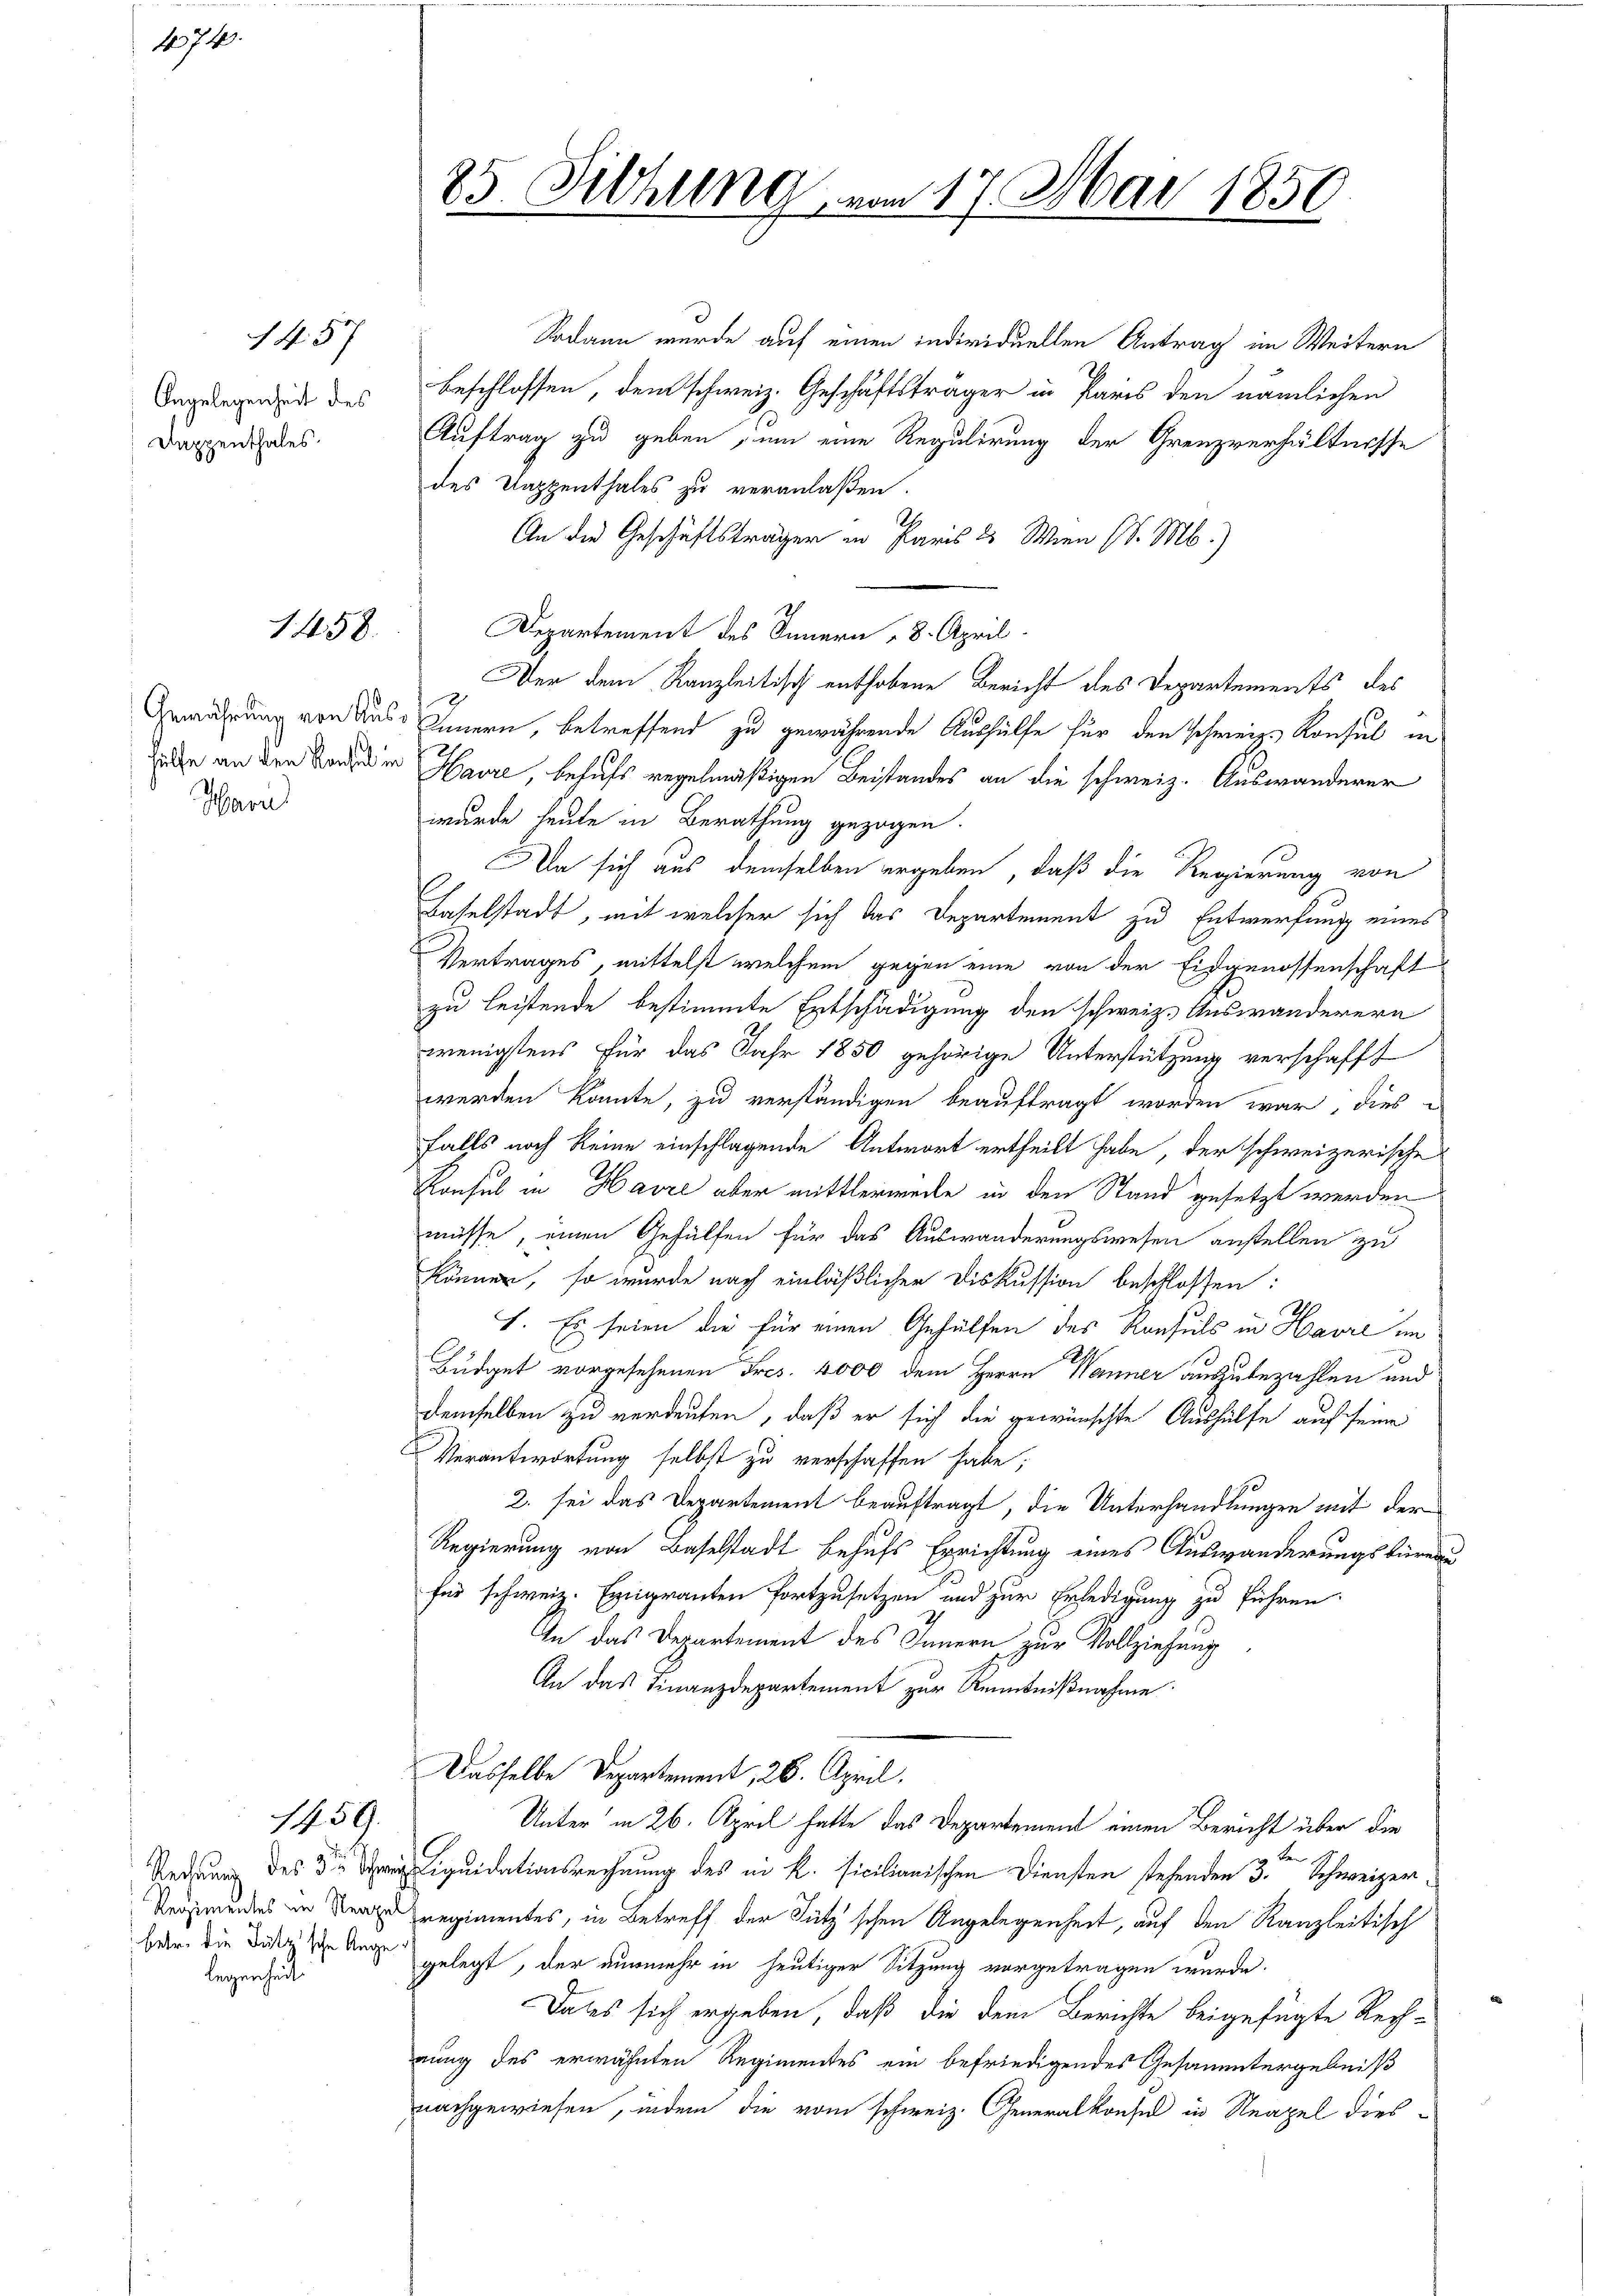
1. 74.

Angelegenheit des
Dappenthales.

Mariel

1457

1458.

1459.

legenheit

25 Sitzung vom 17. Mai 1850

Sodann wurde auf einen individuellen Antrag im Weitern
beschlossen, dem schweiz. Geschäftsträger in Paris den nämlichen
Auftrag zu geben, um eine Regulirung der Grenzverhältnisse
des Dappenthales zu veranlaßen.
An die Geschäftsträger in Paris 25. Wien (S. M.)
Departement des Innern 8. April.
Der dem Kanzleitisch enthobene Bericht des Departements des
Gewährung von des Innern, betreffend zu gewährende Aushülfe für den schweiz. Konsul in
de an den Banden Havre, behufs regelmäßigen Beistandes an die schweiz. Auswanderer
wurde heute in Berathung gezogen.
Da sich aus demselben ergeben, daß die Regierung von
Laselstadt, mit welcher sich das Departement zu Entwerfung eines
Vertrages, mittelst welchem gegen eine von der Eidgenossenschaft
zu leistende bestimmte Entschädigung den schweiz. Auswanderern
wenigstens für das Jahr 1850 gehörige Unterstützung verschafft
werden konnte, zu verständigen beauftragt worden war, dies
falls noch keine einschlagende Antwort ertheilt habe, der schweizerische
Konsul in Havre aber mittlerweile in den Stand gesetzt werden
müsse, einen Gehülfen für das Auswanderungswesen anstellen zu
känner, so wurde nach einläßlicher Diskussion beschlossen:
.
I. Es seien die für einen Gehülfen des Konsuls in Havre im
A
Budget vorgesehenen Fres. 4000 dem Herrn Wanner auszubezahlen und
demselben zu verdeuten, daß er sich die gewünschte Aushülfe auf seine
Verantwortung selbst zu verschaffen habe;
2. sei das Departement beauftragt, die Unterhandlungen mit der
Regierung von Baselstadt behufs Errichtung eines Auswänderungskureden
für schweiz. Emigranten fortzusetzen und zur Erledigung zu führen.
In das Departement des Innern zur Vollziehung
An das Finanzdepartement zur Kenntnißnahme.
Dasselbe Departement, 26. April.
Unter in 26. April hatte das Departement einen Bericht über die
Sedung des der Liquidationsrechnung des in K. sicilianischen Diensten stehenden 3ten Schweizer¬
Sergundes in der regimentes, in Betreff der Fütz’schen Angelegenheit, auf den Kanzleitisch
har die Disse ange gelegt, der nunmehr in heutiger Sitzung vorgetragen wurde.
Dass sich ergeben, daß die dem Berichte beigefügte Rech-
nung des erwähnten Regimentes ein befriedigendes Gesantergebniß
nachgewiesen, indem die vom schweiz. Generalkonsul in Neapel dies¬